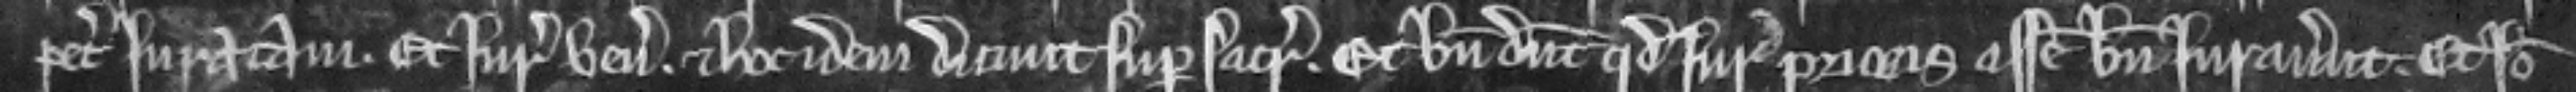
petit juratam. Et juratores veniunt et hoc idem dicunt super sacramentum. et bene dicunt quod juratores prioris assise bene juraverunt. Et ideo